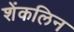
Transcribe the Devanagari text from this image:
शेंकलिन